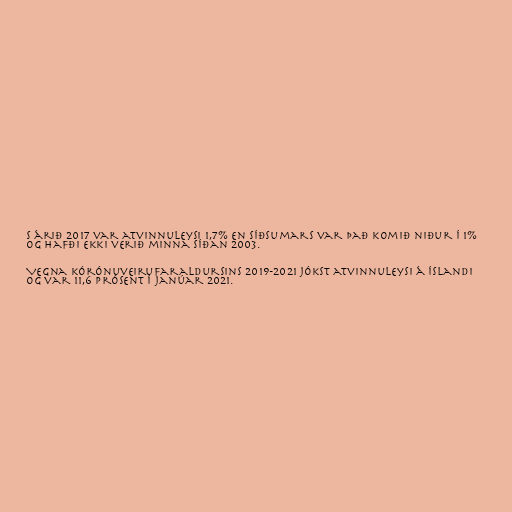
s árið 2017 var atvinnuleysi 1,7% en síðsumars var það komið niður í 1%
og hafði ekki verið minna síðan 2003.

Vegna kórónuveirufaraldursins 2019-2021 jókst atvinnuleysi á Íslandi
og var 11,6 prósent í janúar 2021.